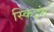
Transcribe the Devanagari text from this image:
स्किइंग